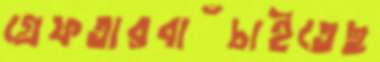
গ্রেফতারবাঁচাইতেছ